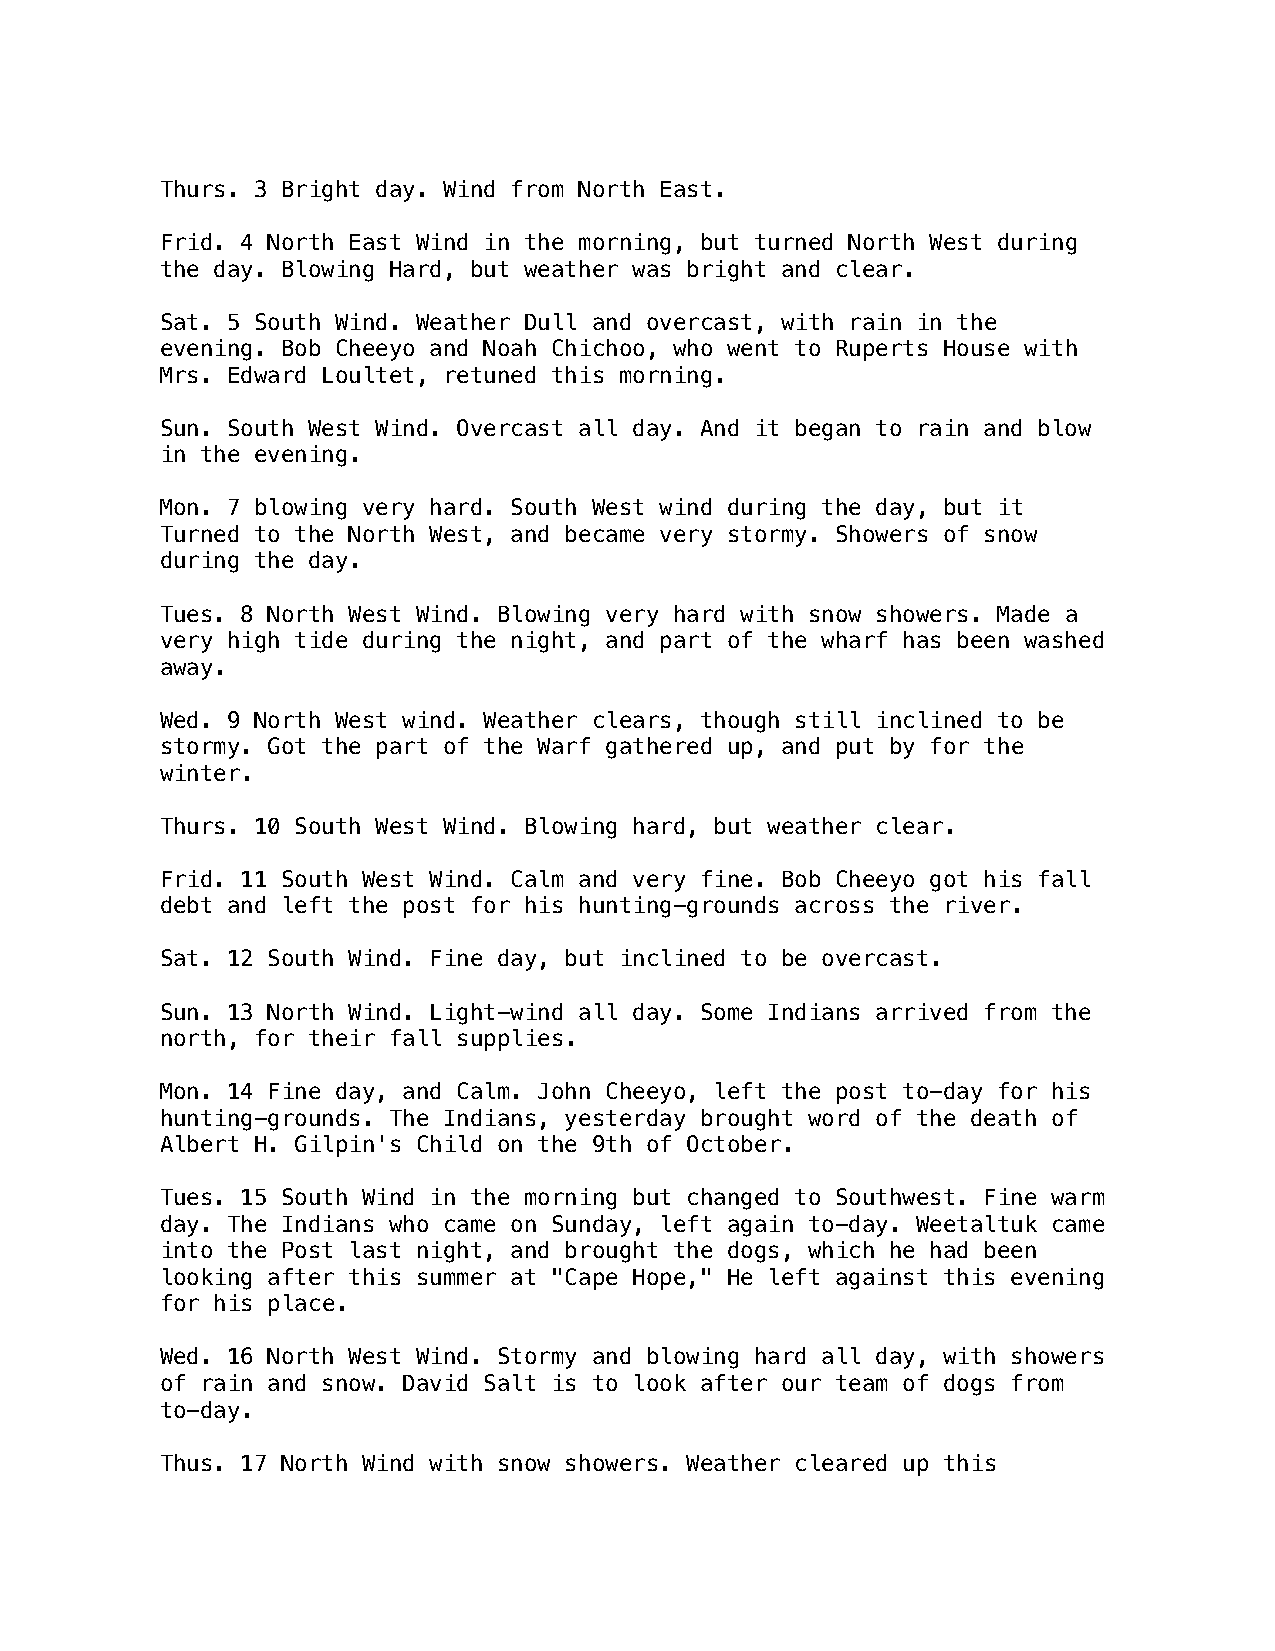
Thurs. 3 Bright day. Wind from North East.
 Frid. 4 North East Wind in the morning, but turned North West during
 the day. Blowing Hard, but weather was bright and clear.
 Sat. 5 South Wind. Weather Dull and overcast, with rain in the
 evening. Bob Cheeyo and Noah Chichoo, who went to Ruperts House with
 Mrs. Edward Loultet, retuned this morning.
 Sun. South West Wind. Overcast all day. And it began to rain and blow
 in the evening.
 Mon. 7 blowing very hard. South West wind during the day, but it
 Turned to the North West, and became very stormy. Showers of snow
 during the day.
 Tues. 8 North West Wind. Blowing very hard with snow showers. Made a
 very high tide during the night, and part of the wharf has been washed
 away.
 Wed. 9 North West wind. Weather clears, though still inclined to be
 stormy. Got the part of the Warf gathered up, and put by for the
 winter.
 Thurs. 10 South West Wind. Blowing hard, but weather clear.
 Frid. 11 South West Wind. Calm and very fine. Bob Cheeyo got his fall
 debt and left the post for his hunting-grounds across the river.
 Sat. 12 South Wind. Fine day, but inclined to be overcast.
 Sun. 13 North Wind. Light-wind all day. Some Indians arrived from the
 north, for their fall supplies.
 Mon. 14 Fine day, and Calm. John Cheeyo, left the post to-day for his
 hunting-grounds. The Indians, yesterday brought word of the death of
 Albert H. Gilpin's Child on the 9th of October.
 Tues. 15 South Wind in the morning but changed to Southwest. Fine warm
 day. The Indians who came on Sunday, left again to-day. Weetaltuk came
 into the Post last night, and brought the dogs, which he had been
 looking after this summer at "Cape Hope," He left against this evening
 for his place.
 Wed. 16 North West Wind. Stormy and blowing hard all day, with showers
 of rain and snow. David Salt is to look after our team of dogs from
 to-day.
 Thus. 17 North Wind with snow showers. Weather cleared up this